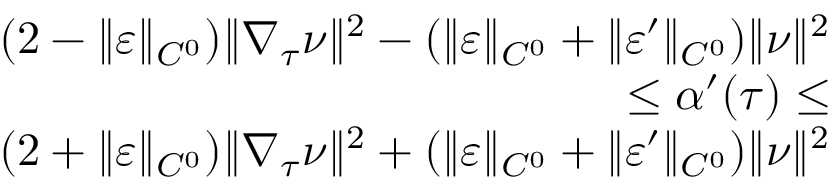
\begin{array} { r l r } & { } & { ( 2 - \| \varepsilon \| _ { C ^ { 0 } } ) \| \nabla _ { \tau } \nu \| ^ { 2 } - ( \| \varepsilon \| _ { C ^ { 0 } } + \| \varepsilon ^ { \prime } \| _ { C ^ { 0 } } ) \| \nu \| ^ { 2 } } \\ & { } & { \leq \alpha ^ { \prime } ( \tau ) \leq } \\ & { } & { ( 2 + \| \varepsilon \| _ { C ^ { 0 } } ) \| \nabla _ { \tau } \nu \| ^ { 2 } + ( \| \varepsilon \| _ { C ^ { 0 } } + \| \varepsilon ^ { \prime } \| _ { C ^ { 0 } } ) \| \nu \| ^ { 2 } } \end{array}